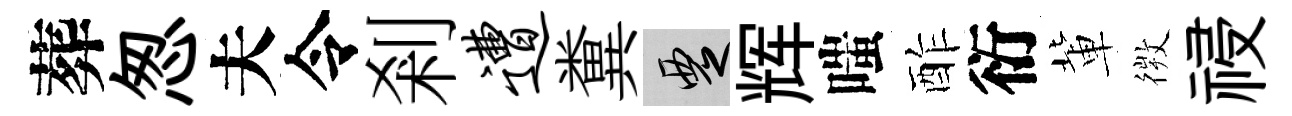
葬怱夫令剎遭糞覂辉嗤酢衍軰𢕄祲